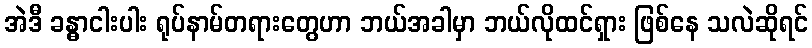
အဲဒီ ခန္ဓာငါးပါး ရုပ်နာမ်တရားတွေဟာ ဘယ်အခါမှာ ဘယ်လိုထင်ရှား ဖြစ်နေ သလဲဆိုရင်